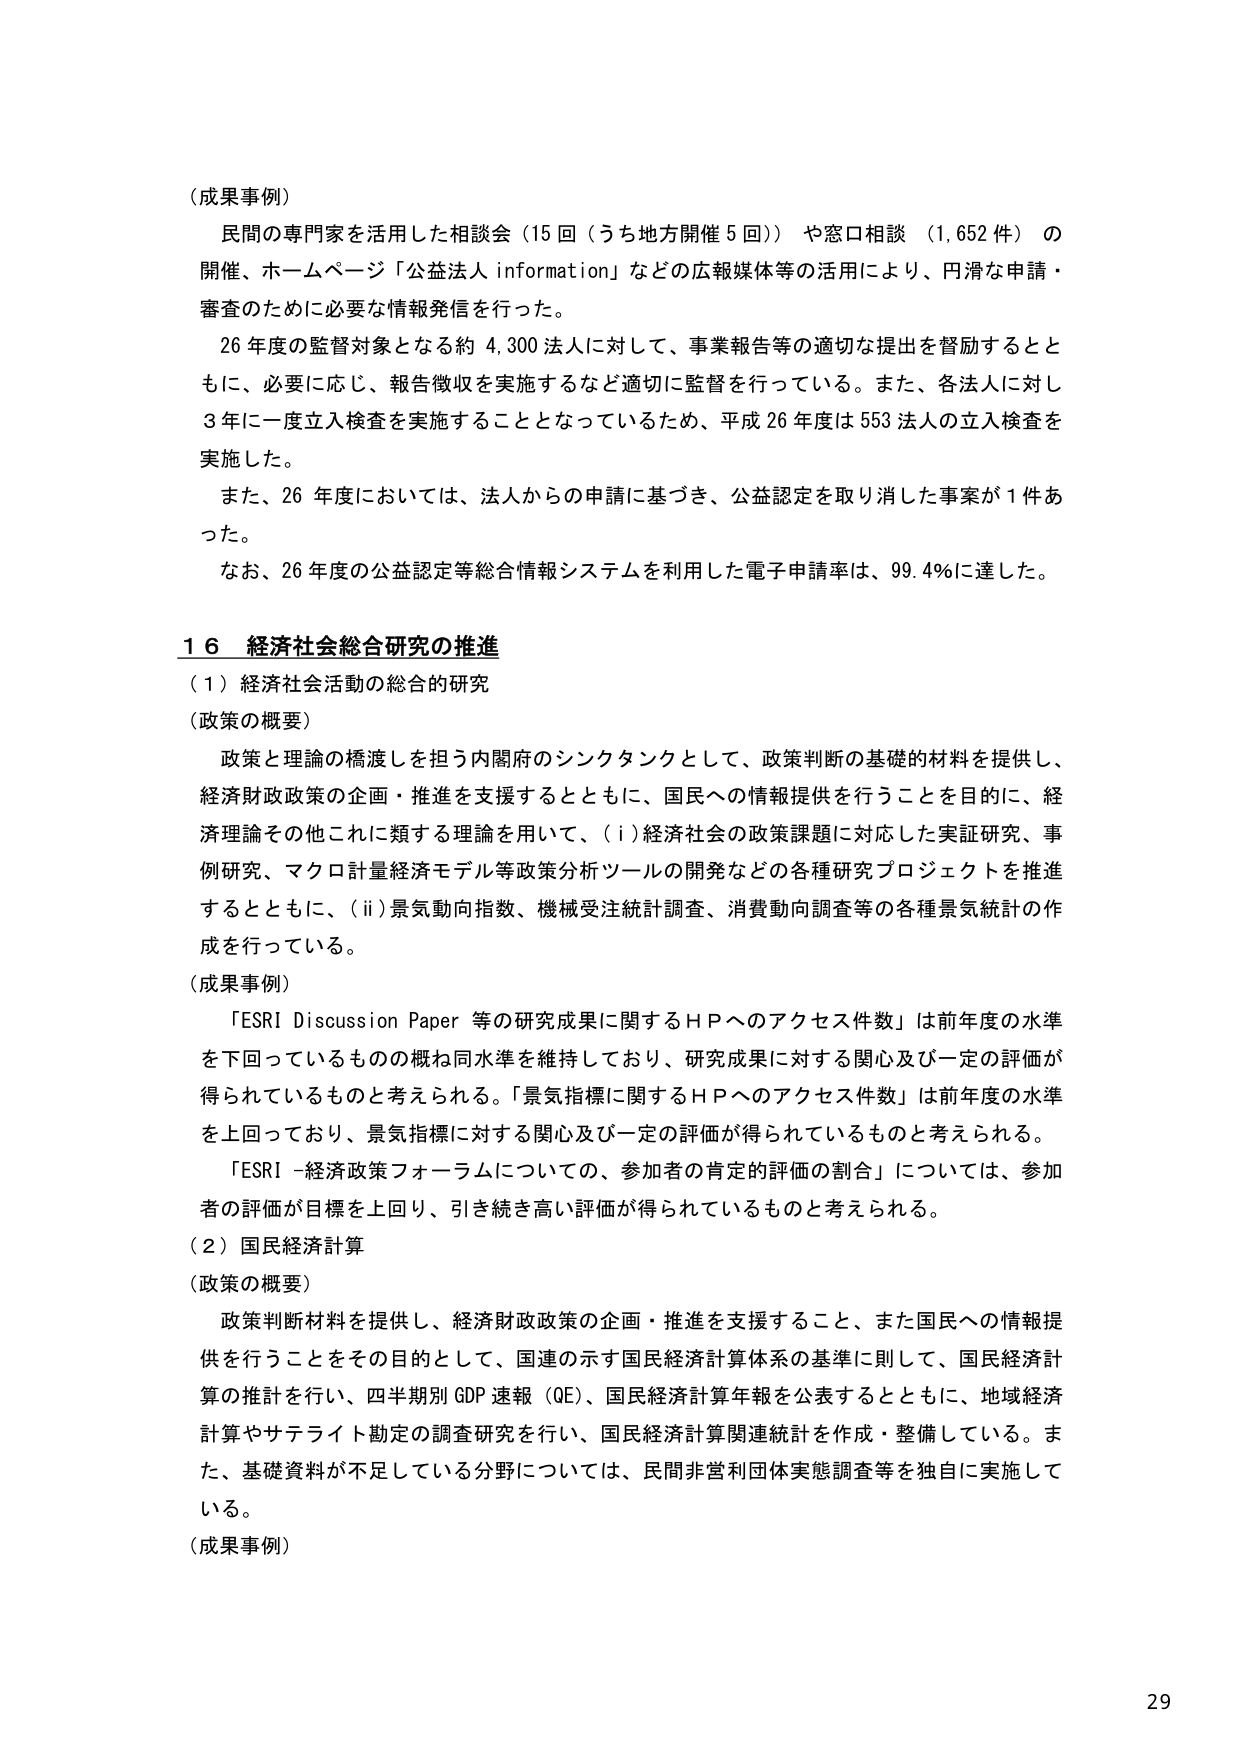
（成果事例）
民間の専門家を活用した相談会（15回（うち地方開催5回））や窓口相談（1,652件）の開催、ホームページ「公益法人 information」などの広報媒体等の活用により、円滑な申請・審査のために必要な情報発信を行った。
26年度の監督対象となる約4,300法人に対して、事業報告等の適切な提出を督励するとともに、必要に応じ、報告徴収を実施するなど適切に監督を行っている。また、各法人に対し3年に一度立入検査を実施することとなっているため、平成26年度は553法人の立入検査を実施した。
また、26年度においては、法人からの申請に基づき、公益認定を取り消した事案が1件あった。
なお、26年度の公益認定等総合情報システムを利用した電子申請率は、99.4％に達した。

16 経済社会総合研究の推進
（1）経済社会活動の総合的研究
（政策の概要）
政策と理論の橋渡しを担う内閣府のシンクタンクとして、政策判断の基礎的材料を提供し、経済財政政策の企画・推進を支援するとともに、国民への情報提供を行うことを目的に、経済理論その他これに類する理論を用いて、（i）経済社会の政策課題に対応した実証研究、事例研究、マクロ計量経済モデル等政策分析ツールの開発などの各種研究プロジェクトを推進するとともに、（ii）景気動向指数、機械受注統計調査、消費動向調査等の各種景気統計の作成を行っている。
（成果事例）
「ESRI Discussion Paper 等の研究成果に関するＨＰへのアクセス件数」は前年度の水準を下回っているものの概ね同水準を維持しており、研究成果に対する関心及び一定の評価が得られているものと考えられる。「景気指標に関するＨＰへのアクセス件数」は前年度の水準を上回っており、景気指標に対する関心及び一定の評価が得られているものと考えられる。
「ESRI－経済政策フォーラムについての、参加者の肯定的評価の割合」については、参加者の評価が目標を上回り、引き続き高い評価が得られているものと考えられる。
（2）国民経済計算
（政策の概要）
政策判断材料を提供し、経済財政政策の企画・推進を支援すること、また国民への情報提供を行うことをその目的として、国連の示す国民経済計算体系の基準に則して、国民経済計算の推計を行い、四半期別GDP速報（QE）、国民経済計算年報を公表するとともに、地域経済計算やサテライト勘定の調査研究を行い、国民経済計算関連統計を作成・整備している。また、基礎資料が不足している分野については、民間非営利団体実態調査等を独自に実施している。
（成果事例）

29